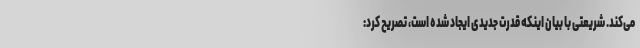
می‌کند. شریعتی با بیان اینکه قدرت جدیدی ایجاد شده است، تصریح کرد: